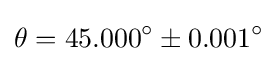
\theta =45.000^{\circ }\pm 0.001^{\circ }